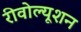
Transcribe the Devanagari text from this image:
रीवोल्यूशन